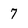
Character: 7